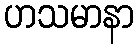
ဟသမာနာ